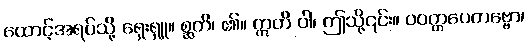
ထောင့်အရပ်သို့ ရှေးရှူ။ စ္ဆတိ၊ ၏။ ဣတိ ဝါ၊ ဤသို့၎င်း။ ဝဝတ္ထပေတဗ္ဗော၊